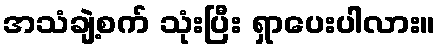
အသံချဲ့စက် သုံးပြီး ရှာပေးပါလား။